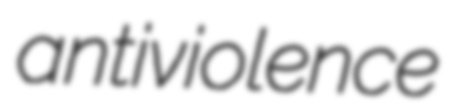
antiviolence